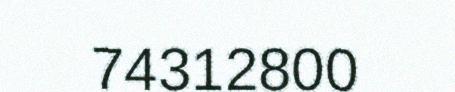
74312800